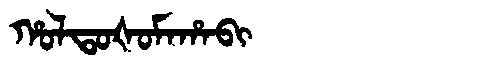
Manchu: ᡥᠣᠯᡨᠣᡧᠣᠮᠠᡥᠠᠪᡳ
Romanization: HOLTOŠOMAHABI